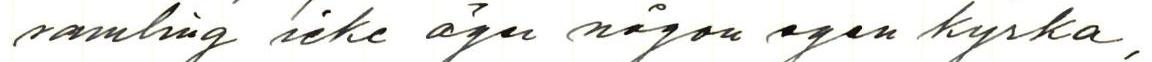
samling icke äger någon egen kyrka,